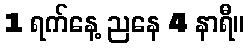
1 ရက်နေ့ ညနေ 4 နာရီ။